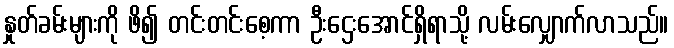
နှုတ်ခမ်းများကို ဖိ၍ တင်းတင်းစေ့ကာ ဦးဌေးအောင်ရှိရာသို့ လမ်းလျှောက်လာသည်။